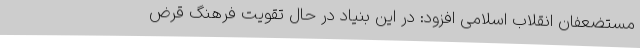
مستضعفان انقلاب اسلامی افزود: در این بنیاد در حال تقویت فرهنگ قرض